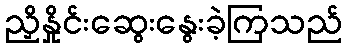
ညှိနှိုင်းဆွေးနွေးခဲ့ကြသည်